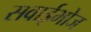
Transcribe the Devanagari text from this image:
सवाईभोज